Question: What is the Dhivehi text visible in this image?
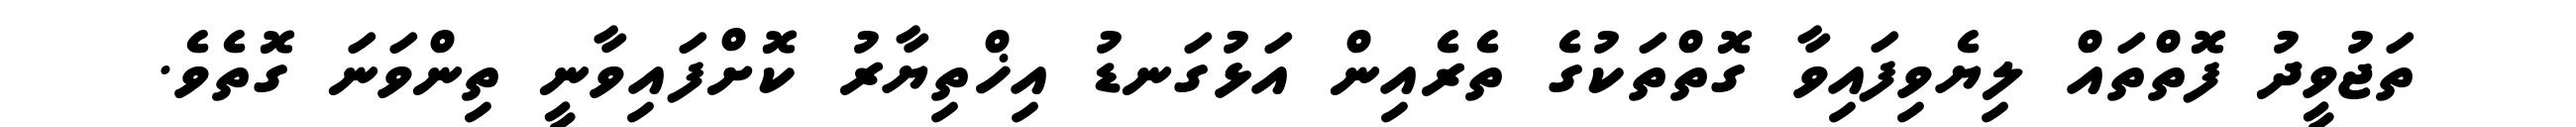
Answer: ތަޖުވީދު ފޮތްތައް ލިޔެވިފައިވާ ގޮތްތަކުގެ ތެރެއިން އަޅުގަނޑު އިޚްތިޔާރު ކޮށްފައިވާނީ ތިންވަނަ ގޮތެވެ.